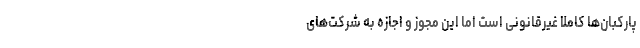
پارکبان‌ها کاملاً غیرقانونی است اما این مجوز و اجازه به شرکت‌های